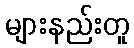
များနည်းတူ